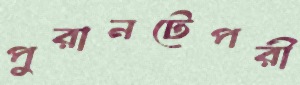
পুরানটেপরী